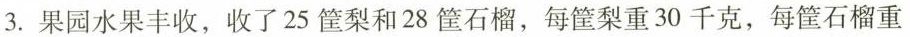
3.果园水果丰收，收了25筐梨和28筐石榴，每筐梨重30千克，每筐石榴重